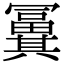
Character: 𠔸